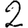
Digit: 2